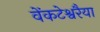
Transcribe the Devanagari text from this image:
वेंकटेश्वरैया